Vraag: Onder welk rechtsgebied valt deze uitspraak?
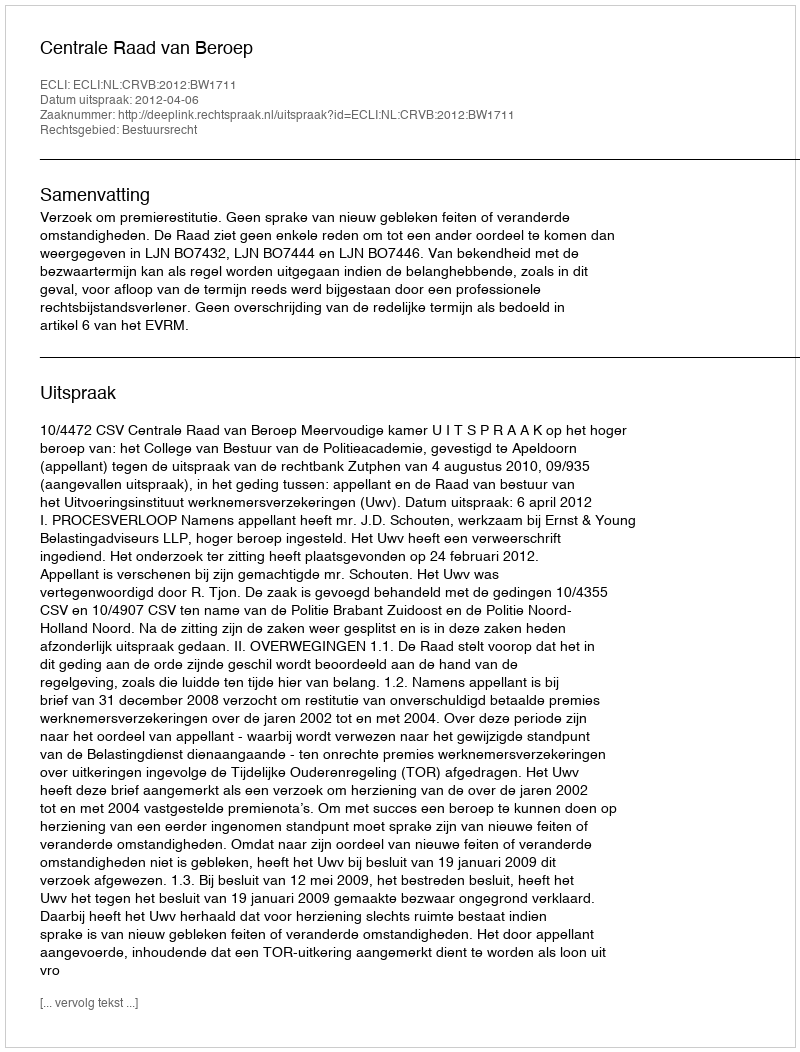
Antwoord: Bestuursrecht